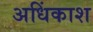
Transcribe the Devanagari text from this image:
अधिंकाश